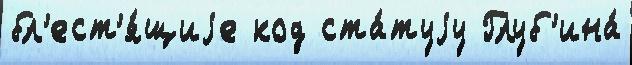
бл'ест'я́щиjе код ста́туjу Глуб'ина́